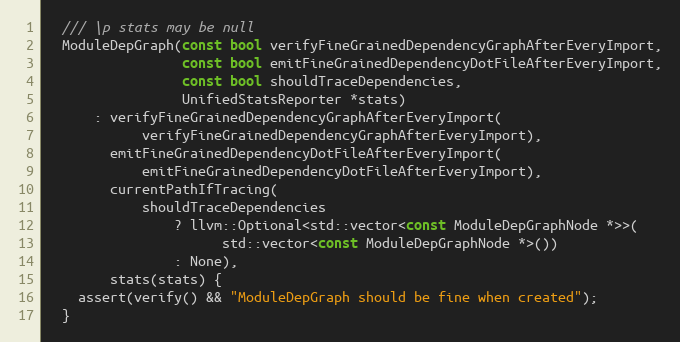
Language: C
  /// \p stats may be null
  ModuleDepGraph(const bool verifyFineGrainedDependencyGraphAfterEveryImport,
                 const bool emitFineGrainedDependencyDotFileAfterEveryImport,
                 const bool shouldTraceDependencies,
                 UnifiedStatsReporter *stats)
      : verifyFineGrainedDependencyGraphAfterEveryImport(
            verifyFineGrainedDependencyGraphAfterEveryImport),
        emitFineGrainedDependencyDotFileAfterEveryImport(
            emitFineGrainedDependencyDotFileAfterEveryImport),
        currentPathIfTracing(
            shouldTraceDependencies
                ? llvm::Optional<std::vector<const ModuleDepGraphNode *>>(
                      std::vector<const ModuleDepGraphNode *>())
                : None),
        stats(stats) {
    assert(verify() && "ModuleDepGraph should be fine when created");
  }